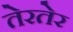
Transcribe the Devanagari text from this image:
तेरतेर